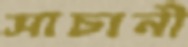
সাচানী